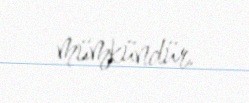
mümkündür.